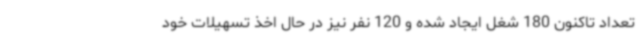
تعداد تاکنون 180 شغل ایجاد شده و 120 نفر نیز در حال اخذ تسهیلات خود